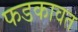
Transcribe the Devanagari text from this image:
फडकावत